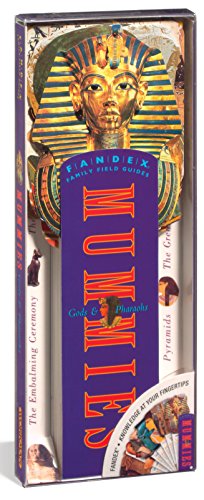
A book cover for Fandex Family Field Guides: Mummies, Gods, and Pharaohs; Kathryn Petras; Children's Books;